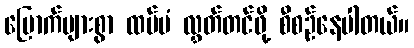
မြောက်များစွာ ထပ်မံ လွှတ်တင်ဖို့ စီစဉ်နေပါတယ်။